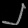
Digit: ၂